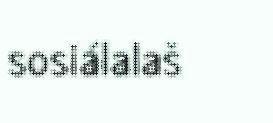
sosiálalaš